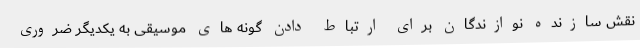
نقش سازنده نوازندگان برای ارتباط دادن گونه های موسیقی به یکدیگر ضروری